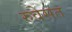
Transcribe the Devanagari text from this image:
रुवेसत